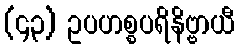
(၄၃) ဥပဟစ္စပရိနိဗ္ဗာယီ